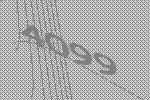
4099